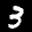
Label: 3